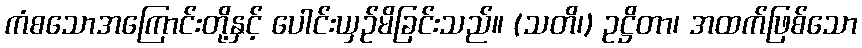
ကံစသောအကြောင်းတို့နှင့် ပေါင်းယှဉ်မိခြင်းသည်။ (သတိ၊) ဥဋ္ဌိတာ၊ အထက်ဖြစ်သော